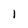
Character: 1